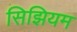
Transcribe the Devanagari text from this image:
सिझियम